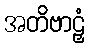
အတိဗာဠှံ